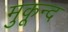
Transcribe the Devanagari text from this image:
मुकून्द